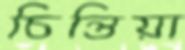
চিন্তিয়া